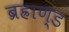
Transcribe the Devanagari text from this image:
ब्रह्राण्ड